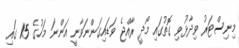
މިނިސްޓަރު ވިދާޅުވި ގޮތުގައި މޯދީ ރާއްޖެ ވަޑައިގަންނަވާނީ އަންނަ މަހުގެ 15 ގައި